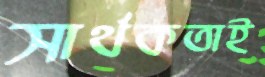
সার্থকতাই